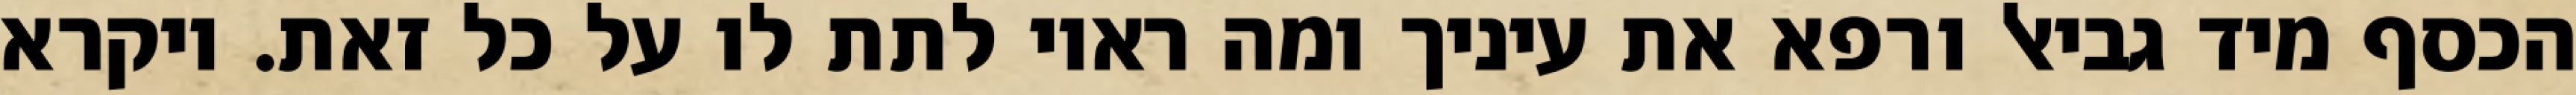
הכסף מיד גביאל ורפא את עיניך ומה ראוי לתת לו על כל זאת. ויקרא